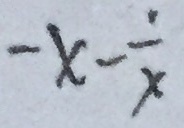
- x - \frac { 1 } { x }